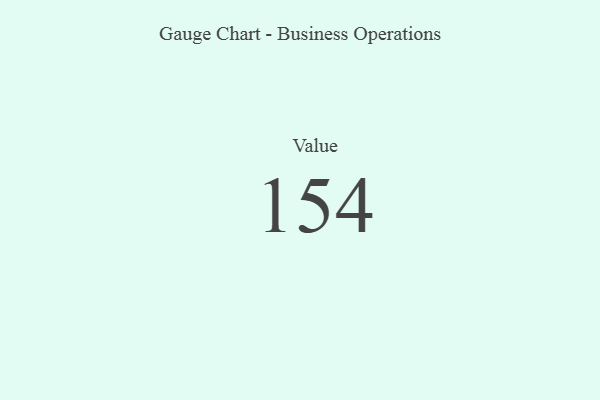
{"axis": {"x": "Metric", "y": "Value"}, "legend": [""], "data": [{"x": "Value", "y": 154, "type": ""}]}